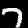
Digit: 7